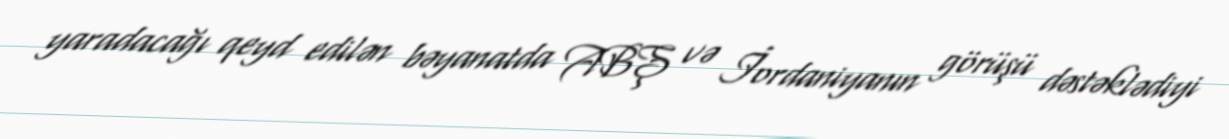
yaradacağı qeyd edilən bəyanatda ABŞ və İordaniyanın görüşü dəstəklədiyi